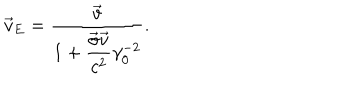
LaTeX: \vec { v } _ { E } = \frac { \vec { v } } { 1 + \displaystyle \frac { \vec { \sigma } \vec { v } } { c ^ { 2 } } \gamma _ { 0 } ^ { - 2 } } .